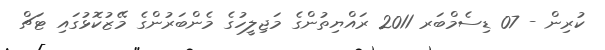
ކުރިން - 07 ޑިސެމްބަރ 2011 ރައްޔިތުންގެ މަޖިލީހުގެ މެންބަރުންގެ މޭޒުކޮޅުގައި ޓަޗް